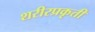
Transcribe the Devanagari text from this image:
शरीरप्रकृती